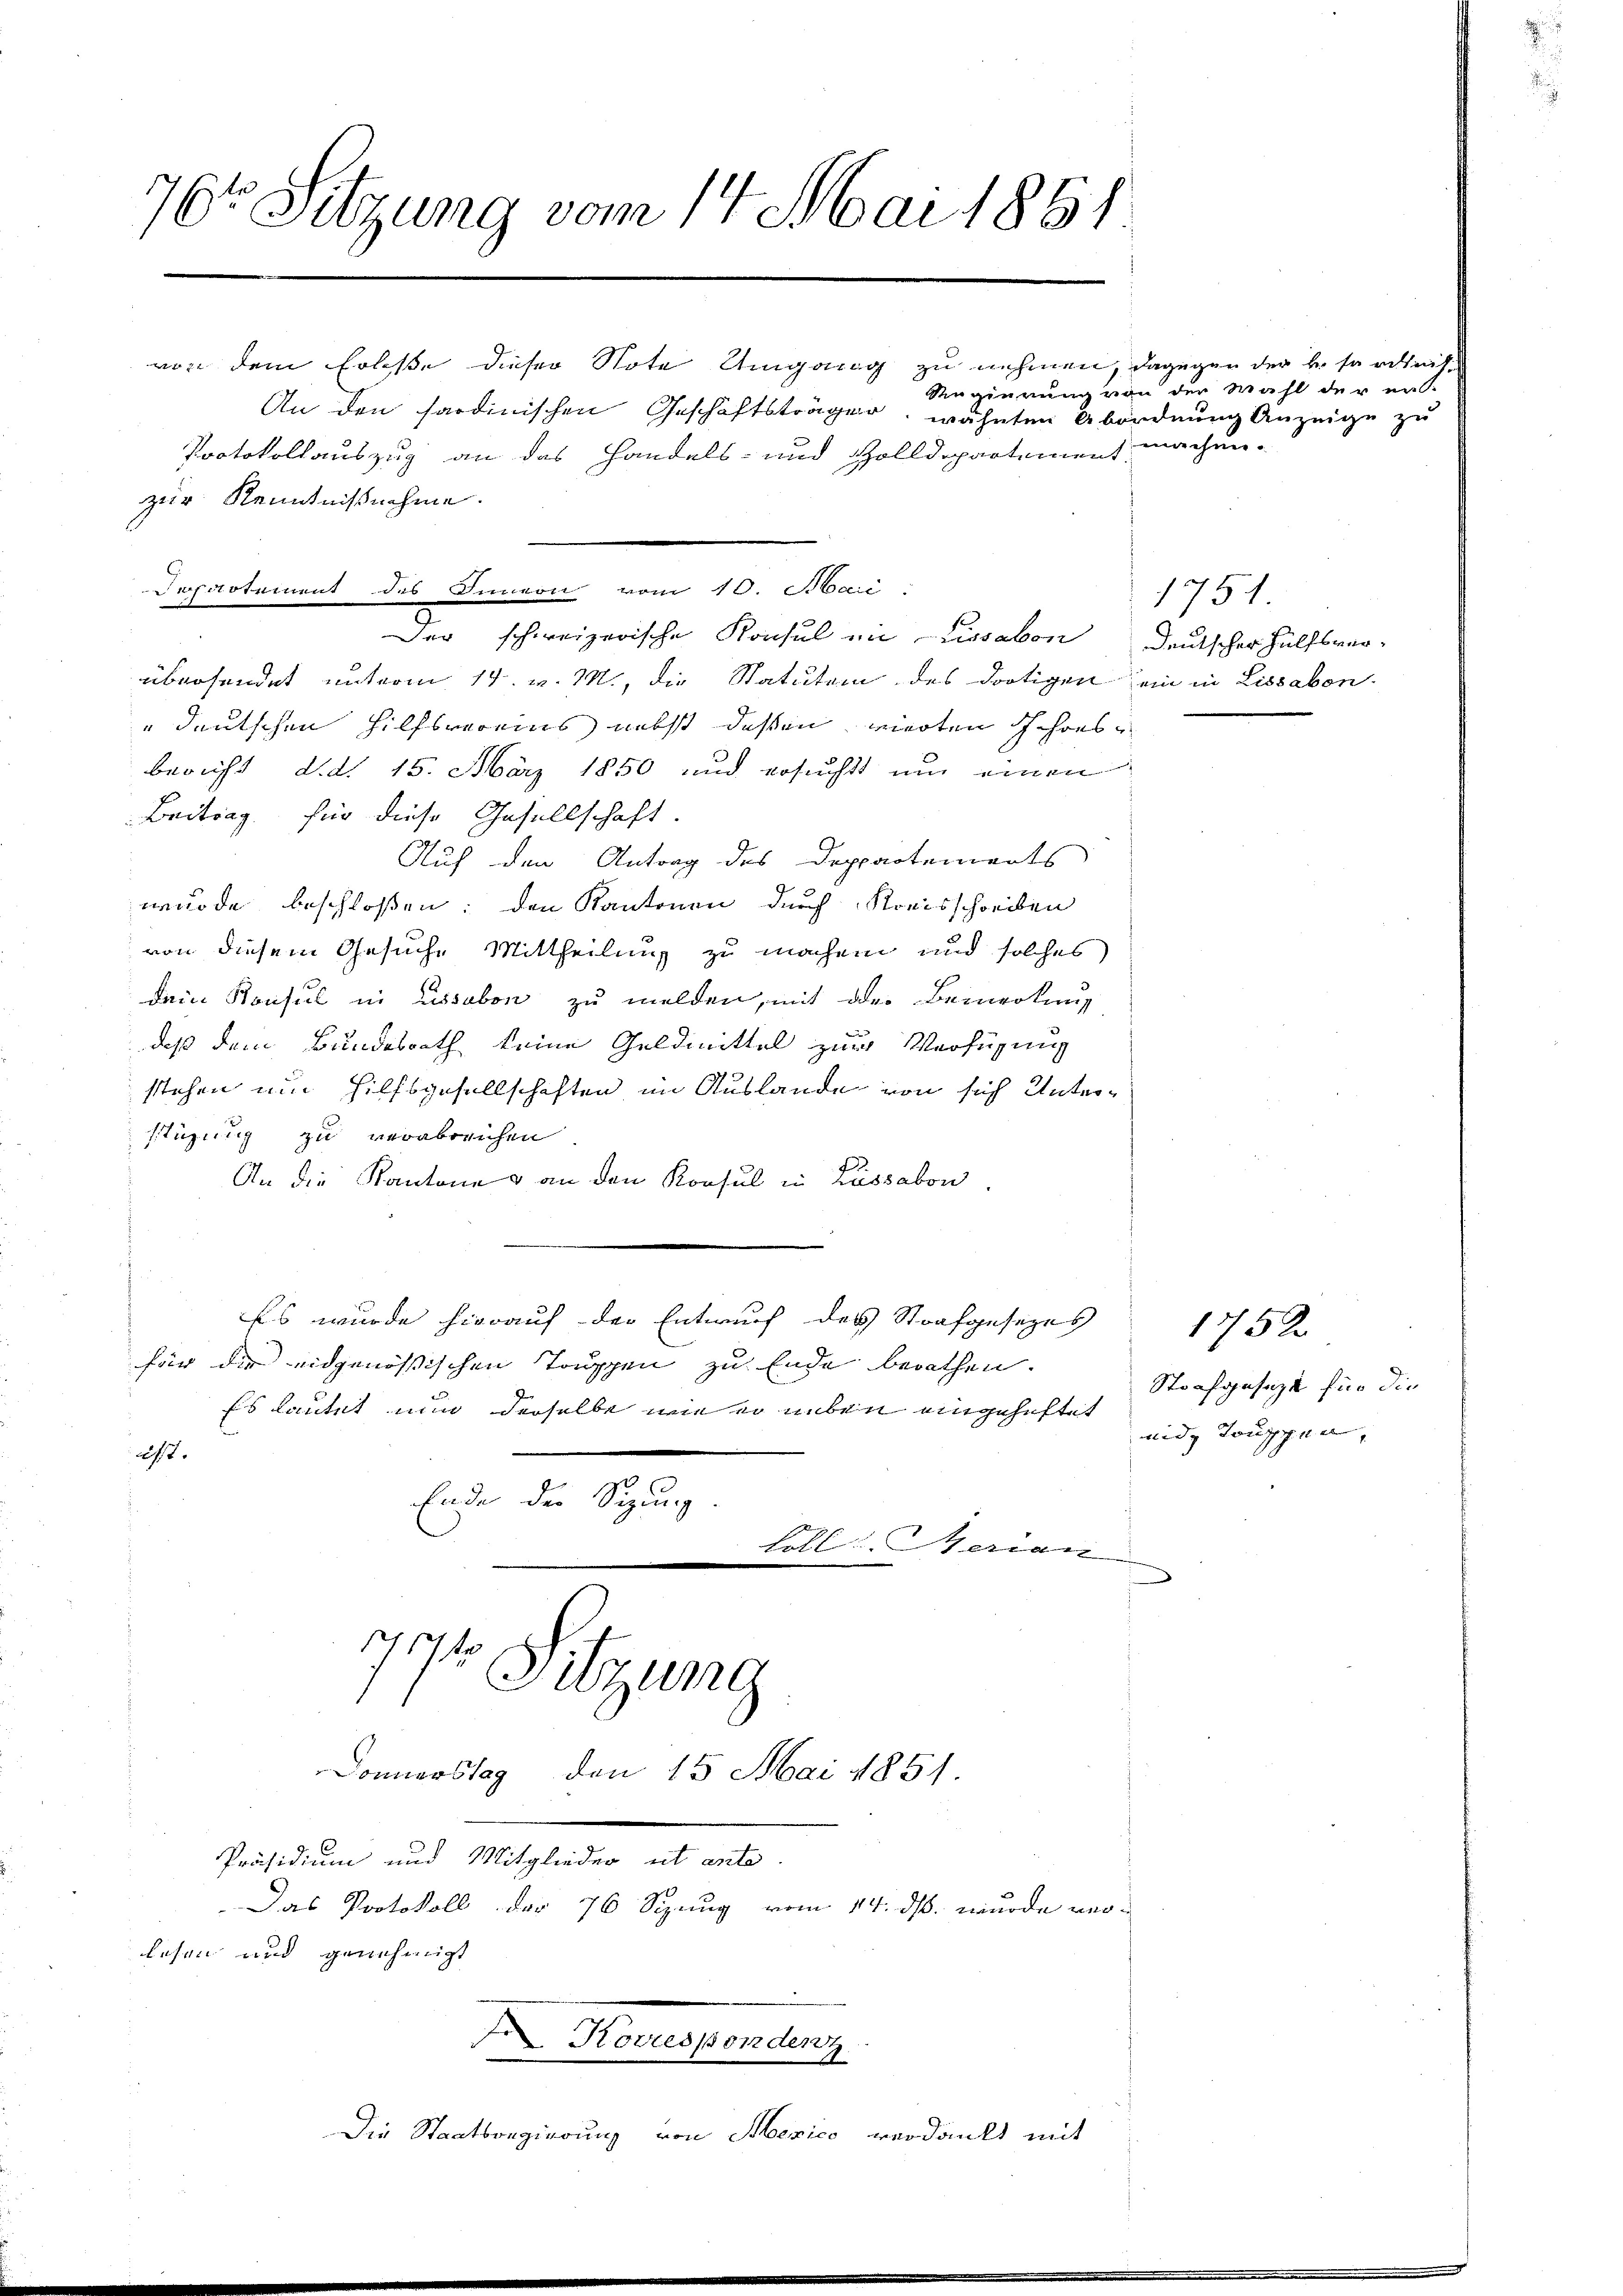
7t Sitzung vom 14. Mai 1861

von dem Erlasse dieser Note Umgang zu nehmen, dagegen der besardleihe
An den sardinischen Geschäftsträger, währten Abordnung Anzeige zu
Protokollauszug an das Handels- und Zolldepartement machen.
Der schweizerische Konsul in Lisabon Deutscher Hülfsver-
übersendet unterm 14. v. M., die Statuten des dortigen ein in Lissabon
" deutschen Hilfsvereins nebst dessen vierten schonsbericht d.d. 15. März 1850 und ersucht um einen
Beitrag für diese Gesellschaft.
Auf den Antrag des Deppartements
wurde beschloßen; den Kantonen durch Kreisschreiben
von diesem Gesuche Mittheilung zu machen und solches
Dein Konsul in Essabon zu melden, mit der Bemerkung
daß dem Bundesrath keine Geldmittel zur Verfügung
stehen um Hilfsgesellschaften im Auslande von sich Unterstüzung zu verabreichen
An die Kantone & an den Konsul in Lussabon.
Es wurde hierauf der Entwurf des Strafgesezes
für die eidgenössischen Truppen zu Ende berathen.
Es lautet nun derselbe wie er neben eingeheftet
2.7.
Ende der Sitzung.
loll: Berian
77.
 Sitzung
Donnerstag, den 15. Mai 1851.
Präsidium und Mitglieder ut ante.
Das Protokoll der 76 Sizung vom 14. ds. wurde verlesen und genehmigt

zur Kenntnißnahme.

Departement des Dinern vom 10. Mari

Hovuespondenz

Die Staatsregierung von Mexico verdankt mit

Regierung von den Wahl der er-

1751.

Strafgesezt für die
mide Truppen, |

1752